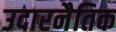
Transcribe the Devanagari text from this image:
उदारनैतिक